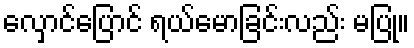
လှောင်ပြောင် ရယ်မောခြင်းလည်း မပြု။